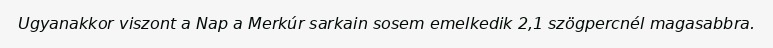
Ugyanakkor viszont a Nap a Merkúr sarkain sosem emelkedik 2,1 szögpercnél magasabbra.